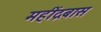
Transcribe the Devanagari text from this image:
महींद्रबास